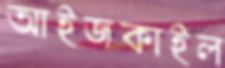
আইজকাইল